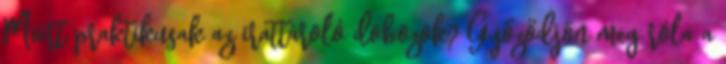
Miért praktikusak az irattároló dobozok? Győződjön meg róla a